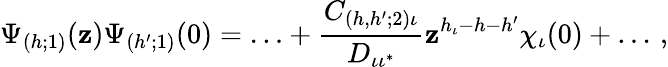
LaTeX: \Psi_{(h;1)}(\mathbf{z})\Psi_{(h^{\prime};1)}(0)=\ldots+\frac{{C_{(h,h^{\prime};2)\iota}}}{{D_{\iota\iota^{*}}}}\mathbf{z}^{h_{\iota}-h-h^{\prime}}\chi_{\iota}(0)+\ldots\, ,